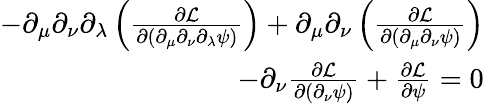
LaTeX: \begin{array}{r}{-\partial_{\mu}\partial_{\nu}\partial_{\lambda}\left(\frac{\partial\mathcal{L}}{\partial(\partial_{\mu}\partial_{\nu}\partial_{\lambda}\psi)}\right)+\partial_{\mu}\partial_{\nu}\left(\frac{\partial\mathcal{L}}{\partial(\partial_{\mu}\partial_{\nu}\psi)}\right)}\\ {-\partial_{\nu}\frac{\partial\mathcal{L}}{\partial(\partial_{\nu}\psi)}+\frac{\partial\mathcal{L}}{\partial\psi}=0}\end{array}